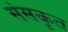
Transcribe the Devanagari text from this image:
संसकृत